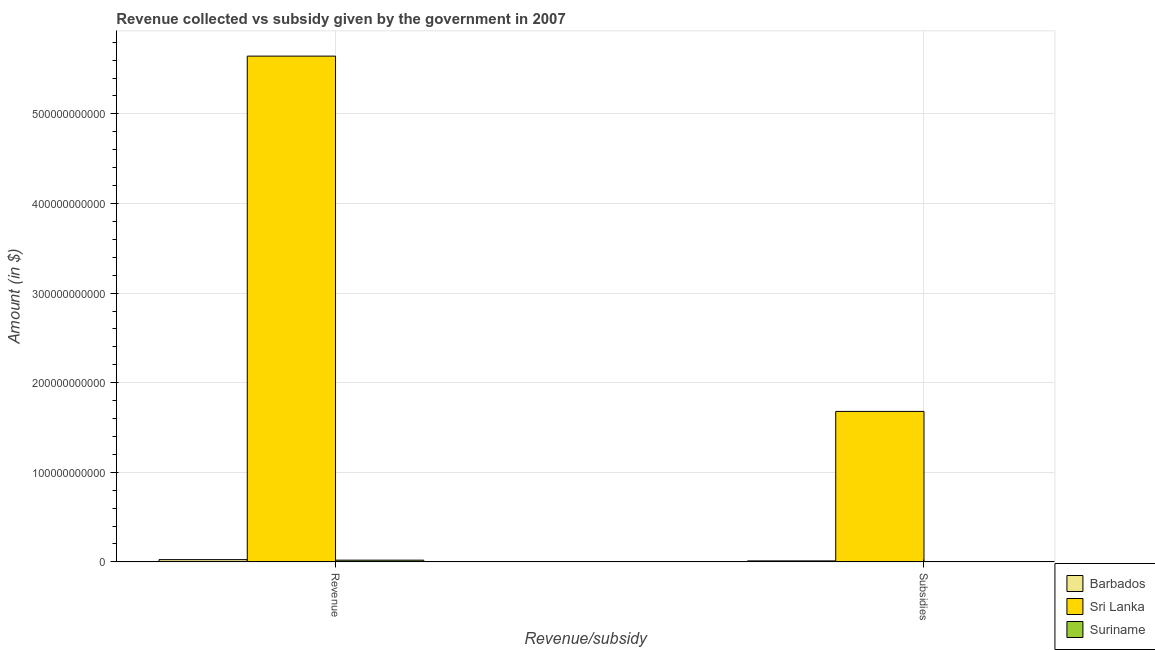
| Revenue/subsidy | Barbados | Sri Lanka | Suriname |
 | --- | --- | --- | --- |
 | Revenue | 2.53e+09 | 5.65e+11 | 1.94e+09 |
 | Subsidies | 1.14e+09 | 1.68e+11 | 3.92e+08 |